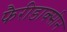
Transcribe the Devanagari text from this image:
फैरीडाक्सीन